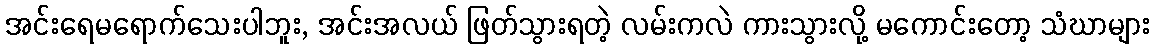
အင်းရေမရောက်သေးပါဘူး, အင်းအလယ် ဖြတ်သွားရတဲ့ လမ်းကလဲ ကားသွားလို့ မကောင်းတော့ သံဃာများ